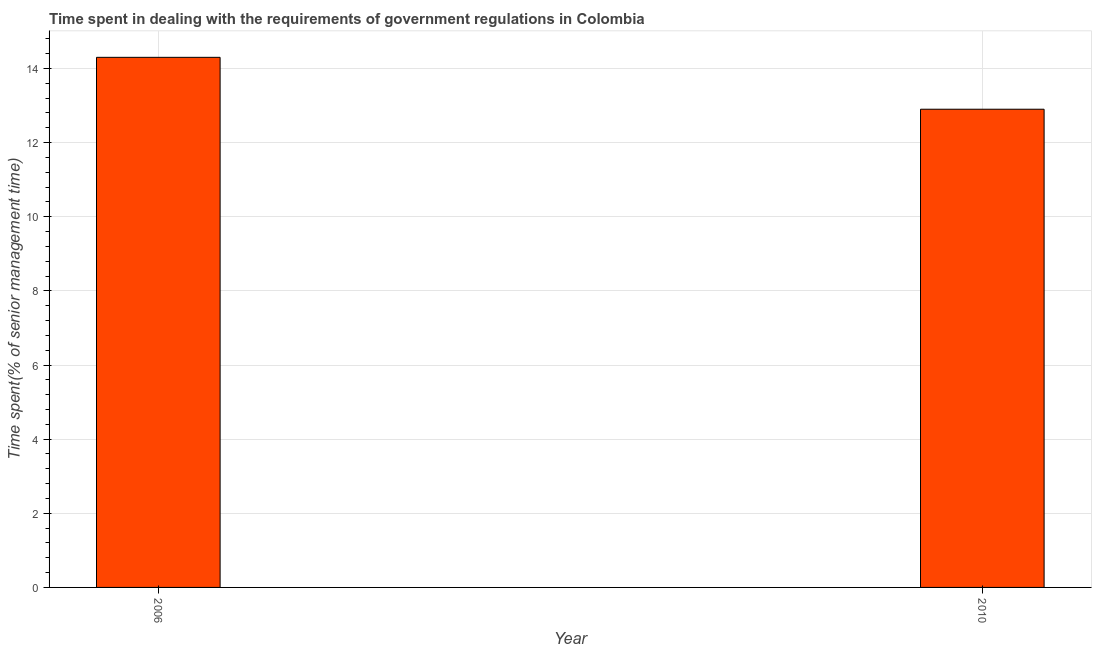
| Year | Government regulations |
 | --- | --- |
 | 2006 | 14.3 |
 | 2010 | 12.9 |